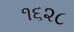
૧૬૨૮